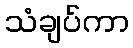
သံချပ်ကာ